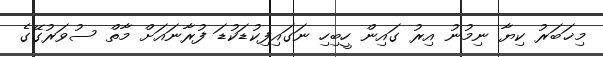
މިޚަބަރު ކިޔާ ނިމުނު އިރު ގައިން ހީބިހި ނަގައިފިކުޑަކުޑަ ފުރާނައަށް މާތް ސުވަރުގޭގެ